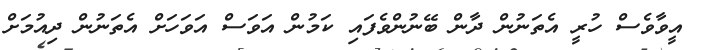
އީވާވެސް ހުރީ އެތަނުން ދާން ބޭނުންވެފައި ކަމުން އަވަސް އަވަހަށް އެތަނުން ދިއުމަށް